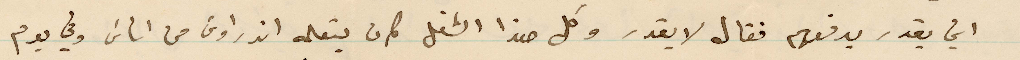
اني يقدر يدفعهم فقال لا يقدر وكل هذا الشغل كان يتعلمه اندراوس من أناس وفي يوم